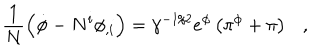
\frac { 1 } { N } \left( \dot { \phi } - N ^ { i } \phi _ { , i } \right) = \gamma ^ { - 1 / 2 } e ^ { \phi } \left( \pi ^ { \phi } + \pi \right) ,